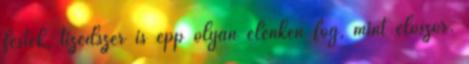
festék, tizedszer is épp olyan élénken fog, mint először.